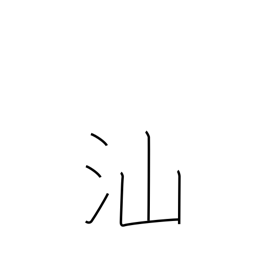
Meaning: fish swimming